Rangoon Lunatic Asylum 1898-1906 - 1898-1906
Year: 1898
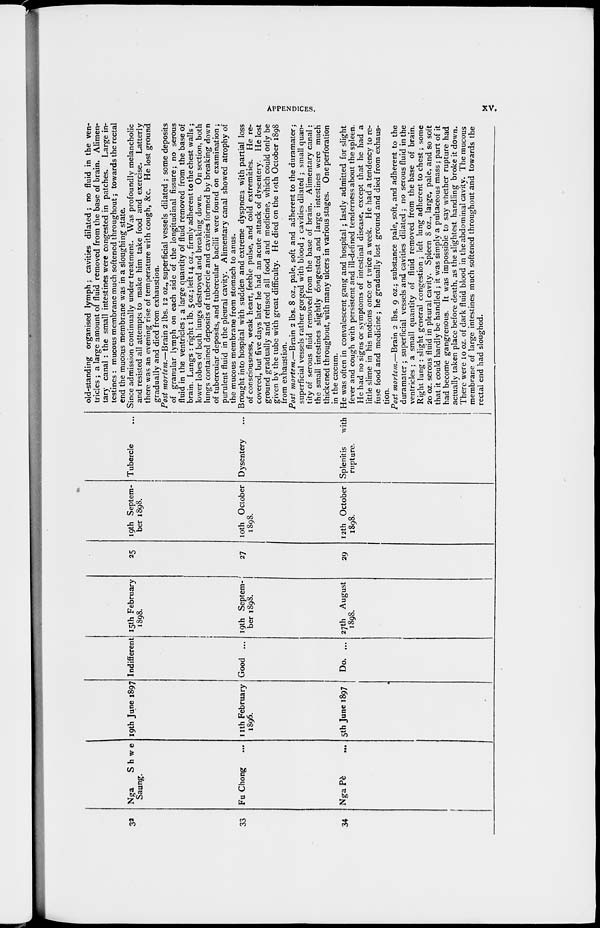
APPENDICES.
xv.
32
33
34
Nga
Shwe
Saung.
Fu Chong ...
Nga Pè ...
19th June 1897
11th February
1896.
5th June 1897
Indifferent
Good ...
Do. ...
15th February
1898.
19th Septem-
ber 1898.
27th August
1898.
25
27
29
19th Septem-
ber 1898.
10th October
1898.
12th October
1898.
Tubercle ...
Dysentery ...
Splenitis
with
rupture.
old-standing organised lymph; cavities dilated; no fluid in the ven-
tricles ; a large amount of fluid removed from the base of brain. Alimen-
tary canal : the small intestines were congested in patches.
Large in-
testines : mucous membrane much softened throughout; towards the rectal
end the mucous membrane was in a sloughing state.
Since admission continually under treatment. Was profoundly melancholic
and resisted all attempts to make him take food and exercise. Latterly
there was an evening rise of temperature with cough, &c. He lost ground
gradually and died from exhaustion.
Post mortem.—Brain 2 lbs. 12 oz., superficial vessels dilated ; some deposits
of granular lymph on each side of the longitudinal fissure; no serous
fluid in the ventricles; a large quantity of fluid removed from the base of
brain. Lungs : right 1 lb. 5 oz.; left 14 oz., firmly adherent to the chest walls ;
lower lobes of both lungs destroyed and breaking down. On section, both
lungs contained deposits of tubercle and cavities formed by breaking down
of tubercular deposits, and tubercular bacilli were found on examination ;
purulent fluid in the pleural cavity. Alimentary canal showed atrophy of
the mucous membrane from stomach to anus.
Brought into hospital with sudden and extreme dyspnœa with partial loss
of consciousness, weak heart, feeble pulse, and cold extremities. He re-
covered, but five days later he had an acute attack of dysentery. He lost
ground gradually and refused all food and medicine, which could only be
given by the tube with great difficulty. He died on the 10th October 1898
from exhaustion.
Post mortem.—Brain 2 lbs. 8 oz., pale, soft and adherent to the duramater;
superficial vessels rather gorged with blood ; cavities dilated ; small quan-
tity of serous fluid removed from the base of brain. Alimentary canal:
the small intestines slightly congested and large intestines were much
thickened throughout, with many ulcers in various stages. One perforation
in the cæcum.
He was often in convalescent gang and hospital ; lastly admitted for slight
fever and cough with persistent and ill-defined tenderness about the spleen.
He had no signs or symptoms of intestinal disease, except that he had a
little slime in his motions once or twice a week. He had a tendency to re-
fuse food and medicine; he gradually lost ground and died from exhaus-
tion.
Post mortem.—Brain 2 lbs. 9 oz.; substance pale, soft, and adherent to the
duramater ; superficial vessels and cavities dilated ; no serous fluid in the
ventricles ; a small quantity of fluid removed from the base of brain.
Right lung : slight general congestion ; left lung adherent to chest; some
20 oz. serous fluid in pleural cavity. Spleen 8 oz., large, pale, and so soft
that it could hardly be handled ; it was simply a pultaceous mass; part of it
had become gangrenous. It was impossible to say whether rupture had
actually taken place before death, as the slightest handling broke it down.
There were 10 oz. of dark fluid blood in the abdominal cavity. The mucous
membrane of large intestines much softened throughout and towards the
rectal end had sloughed.